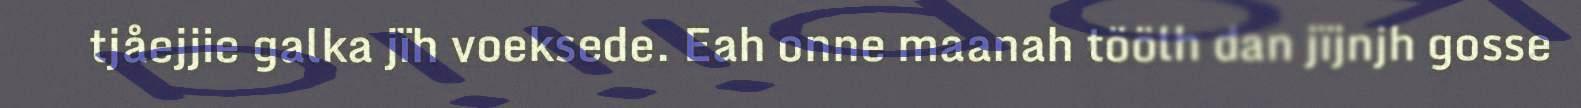
tjåejjie galka jïh voeksede. Eah onne maanah töölh dan jïjnjh gosse